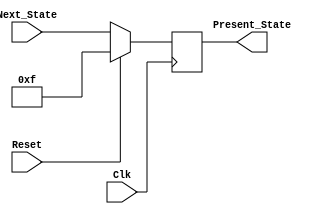
`timescale 1ns / 1ps
//////////////////////////////////////////////////////////////////////////////////
// Company: 
// Engineer: 
// 
// Design Name: 
// Module Name: State_Register
// Project Name: 
// Target Devices: 
// Tool Versions: 
// Description: 
// 
// Dependencies: 
// 
// Revision:
// Revision 0.01 - File Created
// Additional Comments:
// 
//////////////////////////////////////////////////////////////////////////////////


module State_Register(
    input Clk, Reset,
    input [3:0] Next_State,
    output reg [3:0] Present_State
    );
    always @ (posedge Clk) begin
    if(Reset == 1) Present_State = 4'b1111;
    else Present_State = Next_State;
    end
endmodule